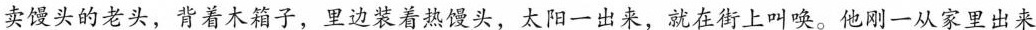
卖馒头的老头，背着木箱子，里边装着热馒头，太阳一出来，就在街上叫唤。他刚一从家里出来